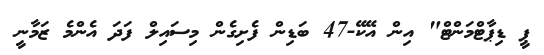
ޕީ ޑިޕާޓްމަންޓް" އިން އޭކޭ-47 ބަޑިން ފެށިގެން މިސައިލް ފަދަ އެންމެ ޒަމާނީ